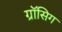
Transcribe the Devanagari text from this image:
ग्रॉसिग